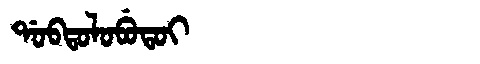
Manchu: ᡩᠣᠪᡨᠣᠯᠣᠪᡠᡨᠣᡳ
Romanization: DOBTOLOBUTOI